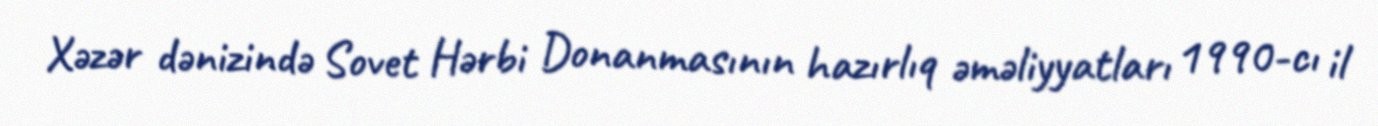
Xəzər dənizində Sovet Hərbi Donanmasının hazırlıq əməliyyatları 1990-cı il